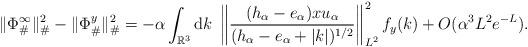
LaTeX: \begin{align*}\|\Phi_{\#}^{\infty}\|^2_{\#} - \|\Phi_{\#}^y\|^2_{\#} = - \alpha \int_{\mathbb{R}^3}\mathrm{d}k \; \left\| \frac{(h_{\alpha}-e_{\alpha}) x u_{\alpha}}{(h_{\alpha}-e_{\alpha}+|k|)^{1/2}}\right\|_{L^2}^2 f_y(k) +O(\alpha^3 L^2 e^{-L}) .\end{align*}